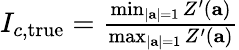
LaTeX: \begin{array}{r}{I_{c,\mathrm{true}}=\frac{\operatorname*{min}_{|\mathbf{a}|=1}Z^{\prime}(\mathbf{a})}{\operatorname*{max}_{|\mathbf{a}|=1}Z^{\prime}(\mathbf{a})}}\end{array}